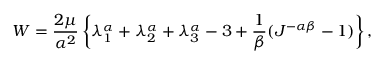
W = \frac { 2 \mu } { \alpha ^ { 2 } } \left\{ \lambda _ { 1 } ^ { \alpha } + \lambda _ { 2 } ^ { \alpha } + \lambda _ { 3 } ^ { \alpha } - 3 + \frac { 1 } { \beta } ( J ^ { - \alpha \beta } - 1 ) \right\} ,